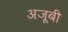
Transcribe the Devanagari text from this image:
अजूबी